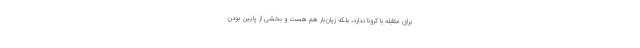
برای مقابله با کرونا ندارد، بلکه زیان‌بار هم هست و بخشی از پایین بودن